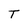
Character: T